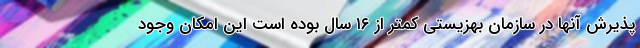
پذیرش آنها در سازمان بهزیستی کمتر از ۱۶ سال بوده است این امکان وجود